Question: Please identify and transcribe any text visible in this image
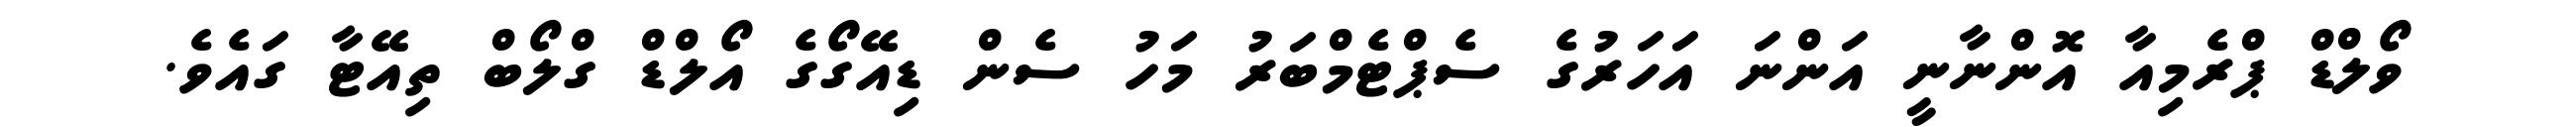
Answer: ވޯލްޑް ޕްރެމިއާ އޮންނާނީ އަންނަ އަހަރުގެ ސެޕްޓެމްބަރު މަހު ސެން ޑިއޭގޯގެ އޯލްޑް ގްލޯބް ތިއޭޓާ ގައެވެ.